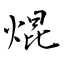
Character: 焜